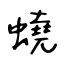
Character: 蟯